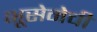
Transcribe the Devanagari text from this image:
भूसेनेची